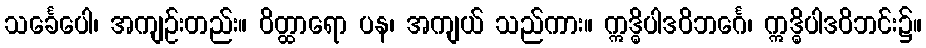
သင်္ခေပေါ၊ အကျဉ်းတည်း။ ဝိတ္ထာရော ပန၊ အကျယ် သည်ကား။ ဣဒ္ဓိပါဒဝိဘင်္ဂေ၊ ဣဒ္ဓိပါဒဝိဘင်း၌။